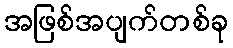
အဖြစ်အပျက်တစ်ခု